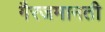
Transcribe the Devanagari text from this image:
गैरजमानती